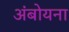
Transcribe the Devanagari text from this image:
अंबोयना